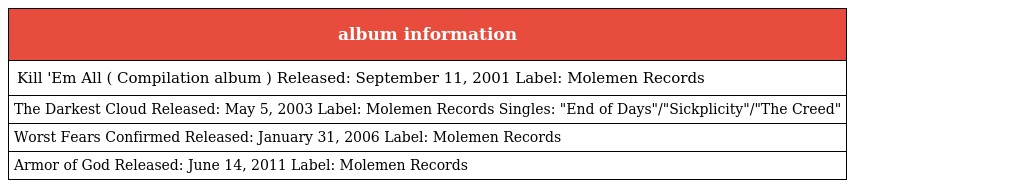
| album information |
 | --- |
 | Kill 'Em All ( Compilation album ) Released: September 11, 2001 Label: Molemen Records |
 | The Darkest Cloud Released: May 5, 2003 Label: Molemen Records Singles: "End of Days"/"Sickplicity"/"The Creed" |
 | Worst Fears Confirmed Released: January 31, 2006 Label: Molemen Records |
 | Armor of God Released: June 14, 2011 Label: Molemen Records |